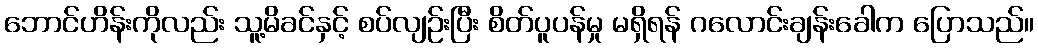
ဘောင်ဟိန်းကိုလည်း သူ့မိခင်နှင့် စပ်လျဉ်းပြီး စိတ်ပူပန်မှု မရှိရန် ဂလောင်းချန်းခေါက ပြောသည်။